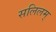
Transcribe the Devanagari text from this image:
सलिलम्